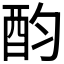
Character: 𨟴